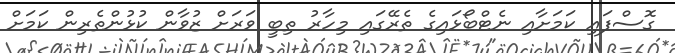
ގޮސްފައި ކަމަށާއި ނެޓްބޯޅައިގެ ތެރޭގައި މިހާރު ތިބީ ވަރަށް ޒުވާން ކުޅުންތެރިން ކަމަށް